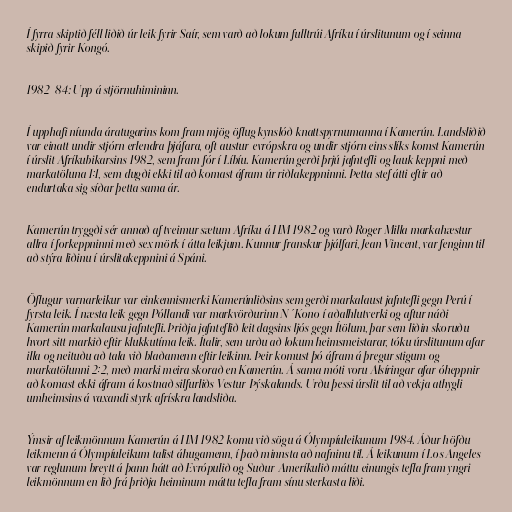
Í fyrra skiptið féll liðið úr leik fyrir Saír, sem varð að lokum fulltrúi Afríku í úrslitunum og í seinna
skipið fyrir Kongó.

1982-84: Upp á stjörnuhimininn.

Í upphafi níunda áratugarins kom fram mjög öflug kynslóð knattspyrnumanna í Kamerún. Landsliðið
var einatt undir stjórn erlendra þjáfara, oft austur-evrópskra og undir stjórn eins slíks komst Kamerún
í úrslit Afríkubikarsins 1982, sem fram fór í Líbíu. Kamerún gerði þrjú jafntefli og lauk keppni með
markatöluna 1:1, sem dugði ekki til að komast áfram úr riðlakeppninni. Þetta stef átti eftir að
endurtaka sig síðar þetta sama ár.

Kamerún tryggði sér annað af tveimur sætum Afríku á HM 1982 og varð Roger Milla markahæstur
allra í forkeppninni með sex mörk í átta leikjum. Kunnur franskur þjálfari, Jean Vincent, var fenginn til
að stýra liðinu í úrslitakeppnini á Spáni.

Öflugur varnarleikur var einkennismerki Kamerúnliðsins sem gerði markalaust jafntefli gegn Perú í
fyrsta leik. Í næsta leik gegn Póllandi var markvörðurinn N´Kono í aðalhlutverki og aftur náði
Kamerún markalausu jafntefli. Þriðja jafnteflið leit dagsins ljós gegn Ítölum, þar sem liðin skoruðu
hvort sitt markið eftir klukkutíma leik. Ítalir, sem urðu að lokum heimsmeistarar, tóku úrslitunum afar
illa og neituðu að tala við blaðamenn eftir leikinn. Þeir komust þó áfram á þregur stigum og
markatölunni 2:2, með marki meira skorað en Kamerún. Á sama móti voru Alsíringar afar óheppnir
að komast ekki áfram á kostnað silfurliðs Vestur-Þýskalands. Urðu þessi úrslit til að vekja athygli
umheimsins á vaxandi styrk afrískra landsliða.

Ýmsir af leikmönnum Kamerún á HM 1982 komu við sögu á Ólympíuleikunum 1984. Áður höfðu
leikmenn á Ólympíuleikum talist áhugamenn, í það minnsta að nafninu til. Á leikunum í Los Angeles
var reglunum breytt á þann hátt að Evrópulið og Suður-Ameríkulið máttu einungis tefla fram yngri
leikmönnum en lið frá þriðja heiminum máttu tefla fram sínu sterkasta liði.